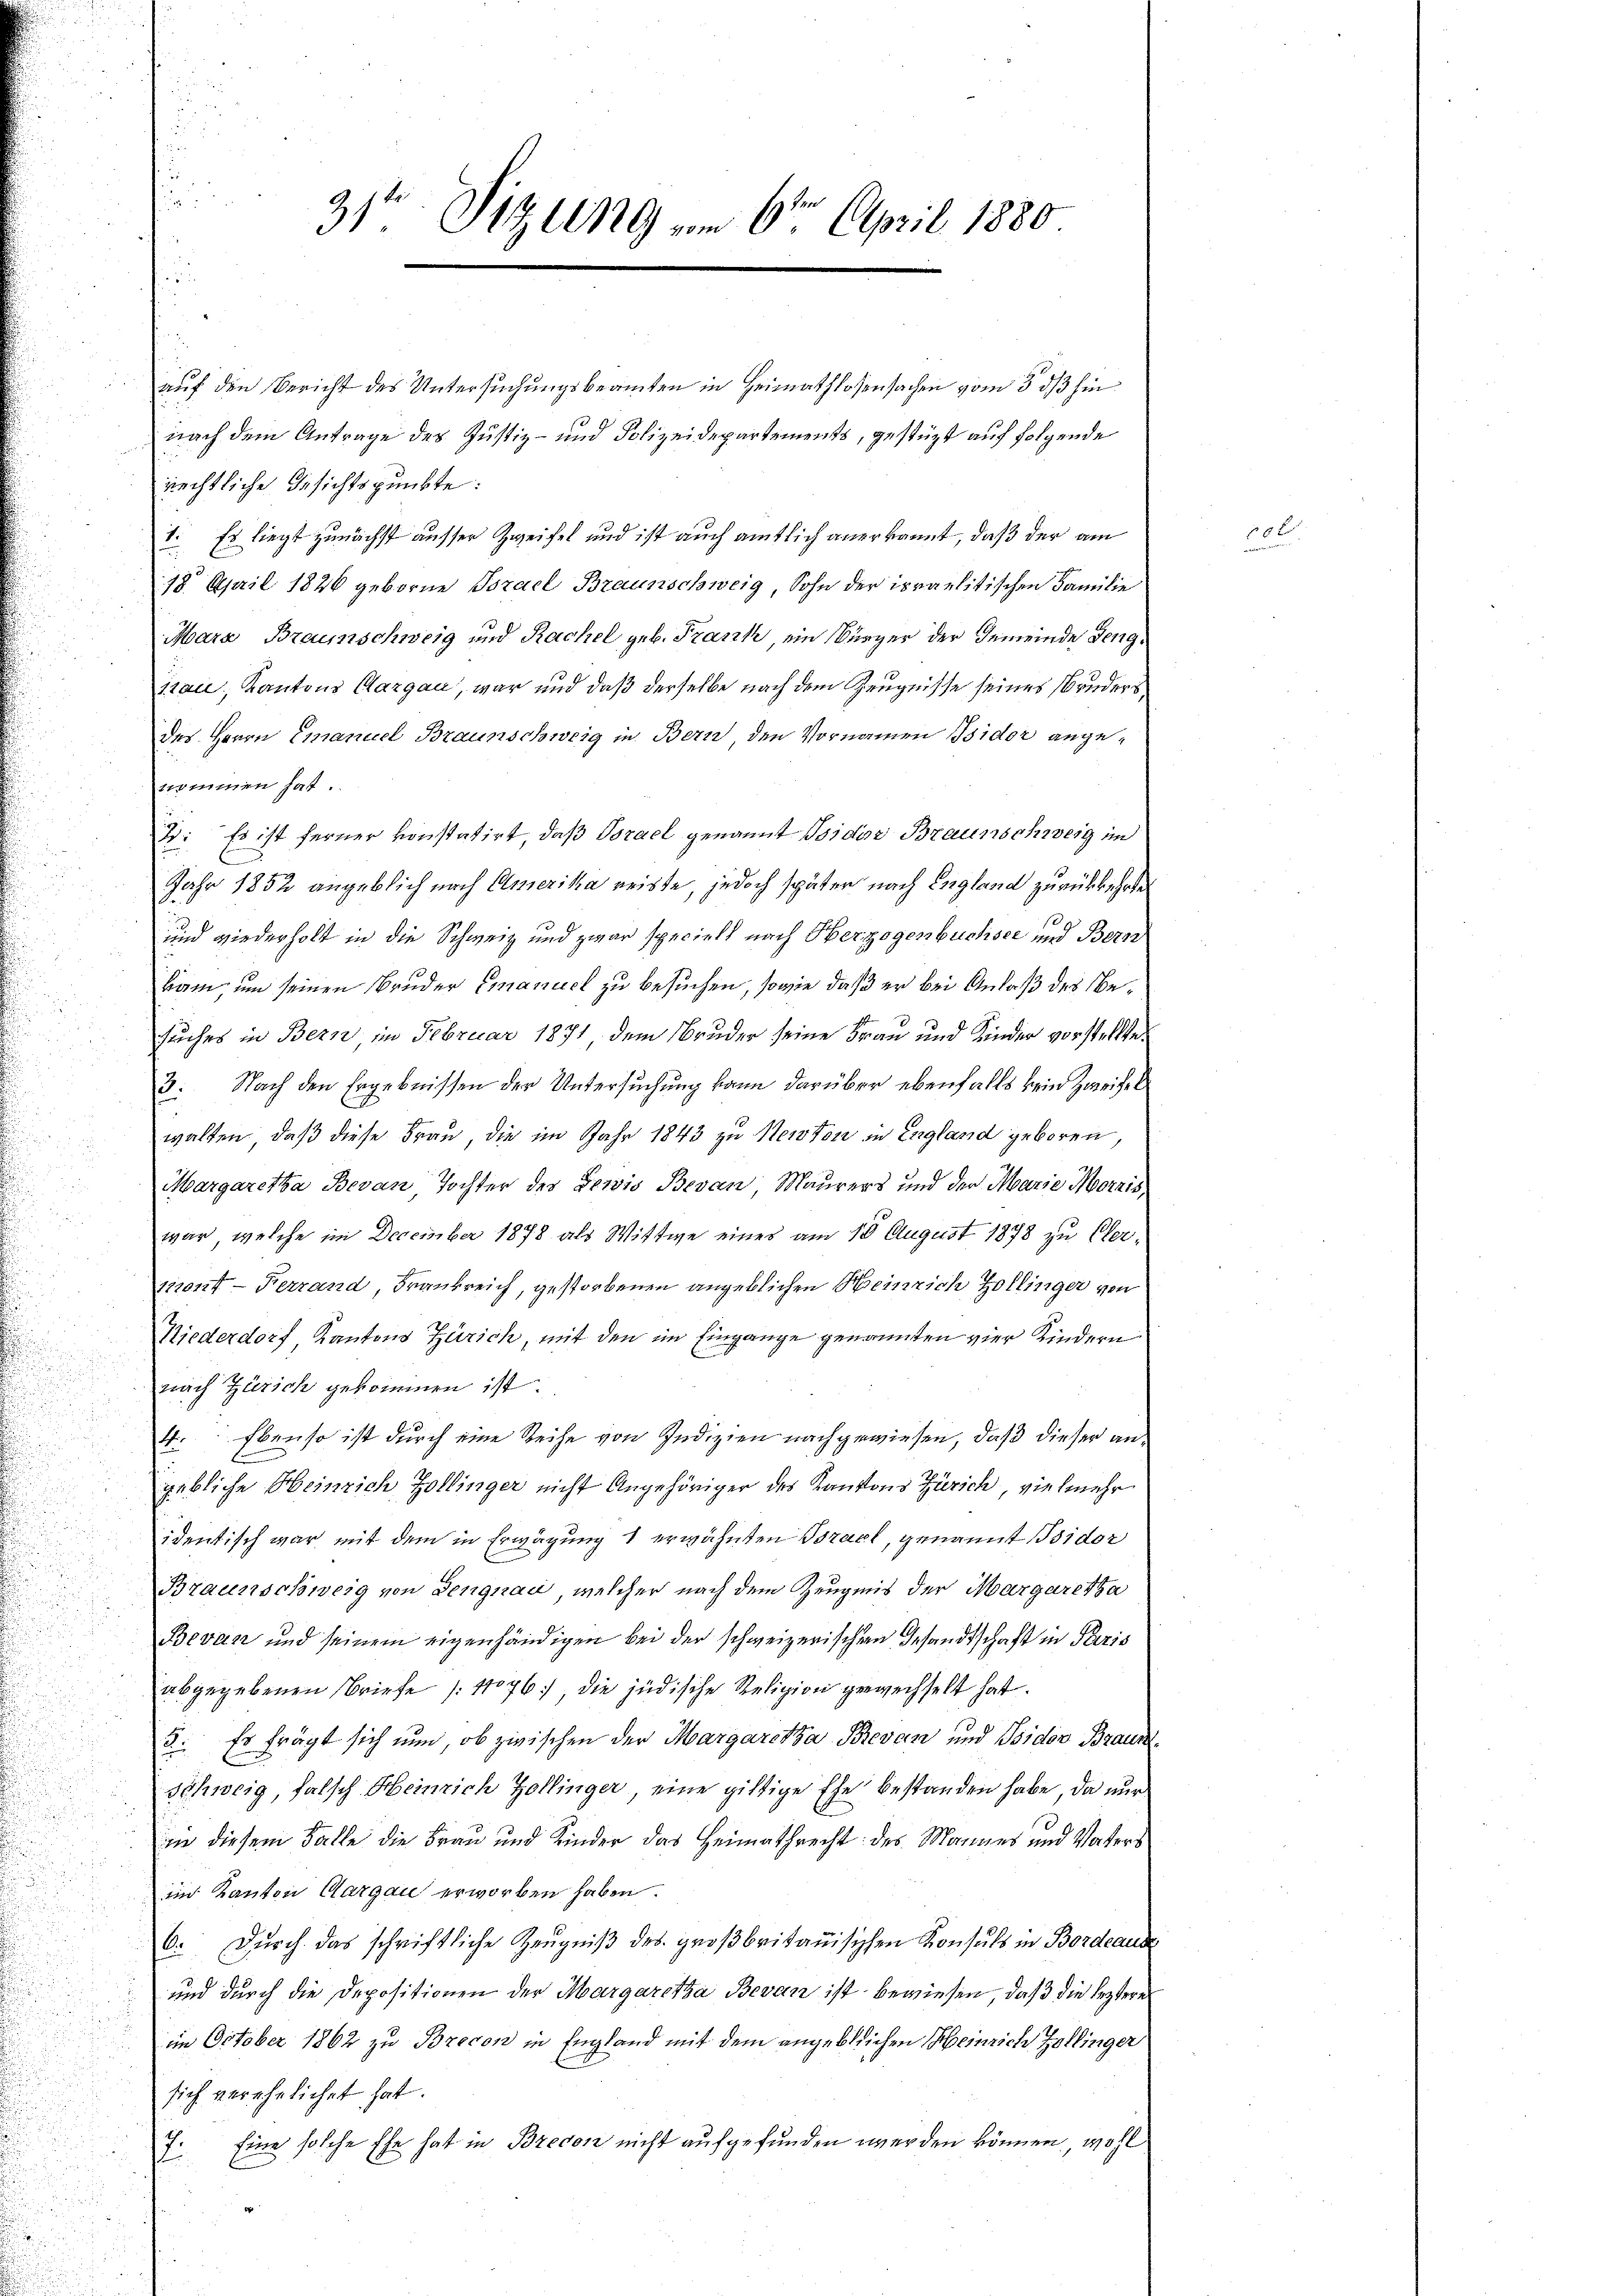
31ten Sizung am 6ten April 1880

auf den Bericht des Untersuchungsbeamten in Heimathlosensachen vom 3. ds hin
nach dem Antrage des Justiz- und Polizeidepartements, gestüzt auf folgende
rechtliche Gesichtspunkte:
1. Es liegt zunächst ausser Zweifel und ist auch amtlich anerkannt, daß der am
18 April 1826 geborne Torael Braunschweig, Sohn der ipraelitischen Familie
Mara Braunschweig und Rachel geb. Frank, ein Kürzer der Gemeinde Geng
sau, Kantons Aargau, war und daß derselbe nach dem Zeugnisse seines Bruders
des Herrn Emanuel Braunschweig in Bern, den Vornamen Isidor angenommen hat.
B: Es ist ferner konstatirt, daß Torael genannt Isidor Braunschweig im
Jahr 1852 angeblich nach Amerika reiste, jedoch später nach England zurückkehre
s
und wiederholt in die Schweiz und zwar speciell nach Herzogenbuchsee und Berakam, um seinen Bruder Emanuel zu besuchen, sowie daß er bei Anlaß des besuches in Bern, im Februar 1871 dem Bruder seine Frau und Kinder vorstellte
3: Nach den Ergebnissen der Untersuchung kann darüber ebenfalls kein Zweifer
walten, daß diese Frau, die im Jahr 1843 zu Herstori in England geboren,
Margaretha Bevan Tochter des Gewis Bevan, Maurers und der Marie Morais,
war, welche im December 1878 als Wittwe eines am 18. August 1878 zu Ober¬
1210124 — Ferrand, Frankreich, gestorbenen angeblichen Heinrich Zollinger von
Niederdorf, Kantons Zürich, mit den im Eingange genannten vier Kindern
nach Zürich gekommen ist.
st. Ebenso ist durch eine Reihe von Indizien nachgewiesen, daß dieser angebliche Heinrich Zollinger nicht Angehöriger des Kantons Zürich, vielmehr
identisch war mit dem in Erwägung 1 erwähnten Brach, genannt Bsidor
Braunschweig von Dengnau, welcher nach dem Zeugnis der Margaretha
Bevan und seinem eigenhändigen bei der schweizerischen Gesandtschaft in Paris
abgegebenen Briefe (4076), die jüdische Religion gewechselt hat.
Es frägt sich nun, ob zwischen der Margaretha Brevan und Isidor Brau
18.
Schweig, falsch Heinrich Zollinger, eine giltige Ehe bestanden habe, da nur
i diesem Falle die Frau und Kinder das Heimathrecht des Mannes und Vaters
im Kanton Aargau erworben haben.
6. Durch das schriftliche Zeŭgniβ des großbritanisichen Konsuls in Bordeau
und durch die Depositionen der Margaretha Bevan ist bewiesen, daß die lezterim October 1862 zu Brecon in England mit dem angeblichen Heinrich Zollinger
sich verehelichet hat.
Eine solche Ehe hat in Brecon nicht aufgefunden werden können, wohl
17.

10 x